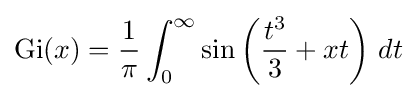
\mathrm {Gi} (x)={\frac {1}{\pi }}\int _{0}^{\infty }\sin \left({\frac {t^{3}}{3}}+xt\right)\,dt